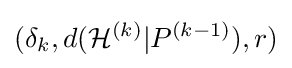
(\delta _{k},d({\mathcal {H}}^{(k)}\vert P^{(k-1)}),r)